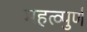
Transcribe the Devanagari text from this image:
महत्व्पुर्ण